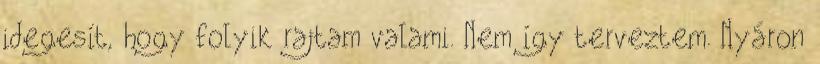
idegesít, hogy folyik rajtam valami. Nem így terveztem. Nyáron